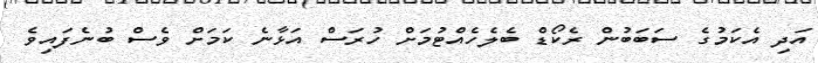
އަދި އެކަމުގެ ސަބަބުން ރެކޯޑް ބެލެހެއްޓުމަށް ހުރަސް އަޅާނެ ކަމަށް ވެސް ބުނެފައިވެ